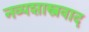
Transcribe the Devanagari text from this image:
नव्यशास्त्रवाद